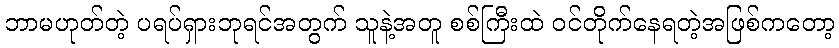
ဘာမဟုတ်တဲ့ ပရပ်ရှားဘုရင်အတွက် သူနဲ့အတူ စစ်ကြီးထဲ ဝင်တိုက်နေရတဲ့အဖြစ်ကတော့